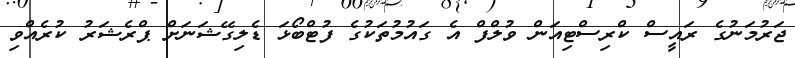
ޖަރުމަނުގެ ރައީސް ކްރިސްޓިއަން ވުލްފް އެ ގައުމުތަކުގެ ފުޓްބޯޅަ ޑެލިގޭޝަނަށް ޕްރެޝަރު ކުރެއްވި